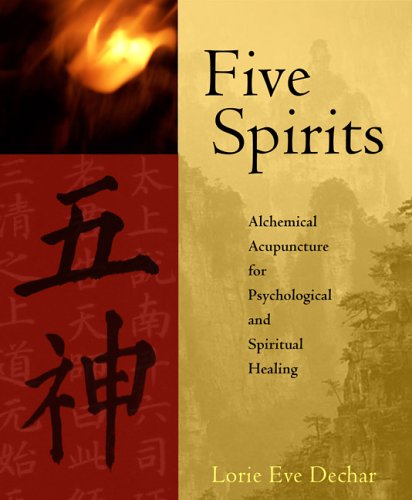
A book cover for Five Spirits: Alchemical Acupuncture for Psychological and Spiritual Healing; Lorie Eve Dechar; Health, Fitness & Dieting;